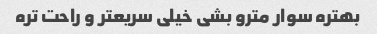
بهتره سوار مترو بشی خیلی سریعتر و راحت تره